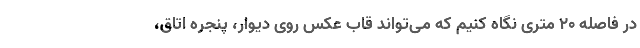
در فاصله ۲۰ متری نگاه کنیم که می‌تواند قاب عکس روی دیوار، پنجره اتاق،